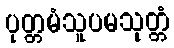
ပုတ္တမံသူပမသုတ္တံ